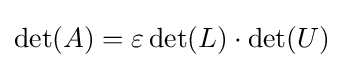
\det(A)=\varepsilon \det(L)\cdot \det(U)